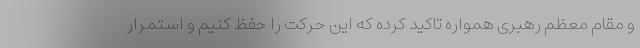
و مقام معظم رهبری همواره تاکید کرده که این حرکت را حفظ کنیم و استمرار